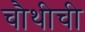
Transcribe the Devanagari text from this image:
चौथीची